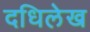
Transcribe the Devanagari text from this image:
दधिलेख